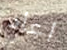
اعاد